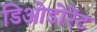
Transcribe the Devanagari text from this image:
डिओडोरेंट